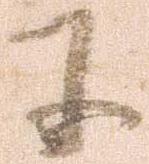
に